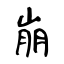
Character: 崩